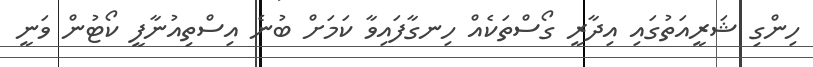
ހިންގި ޝަރީއަތުގައި އިދާރީ ގޯސްތަކެއް ހިނގާފައިވާ ކަމަށް ބުނެ އިސްތިއުނާފީ ކޯޓުން ވަނީ